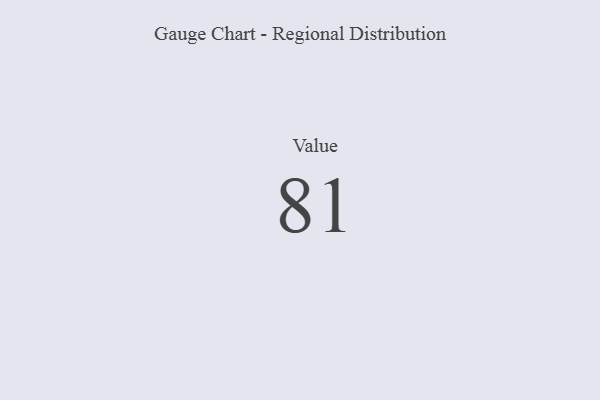
{"axis": {"x": "Metric", "y": "Value"}, "legend": [""], "data": [{"x": "Value", "y": 81, "type": ""}]}